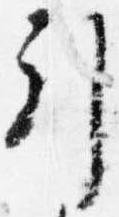
引